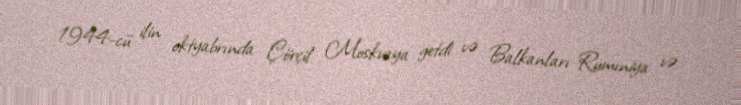
1944-cü ilin oktyabrında Çörçil Moskvaya getdi və Balkanları Rumıniya və